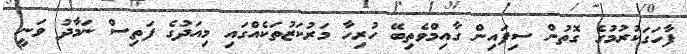
ފާހަގަކުރުމުގެ ގޮތުން ސިފައިން ގާއިމްވެތިބޭ ހުރިހާ މަރުކަޒުތަކެއްގައި މިއަދުގެ ފަތިސް ނަމާދު ވަނީ